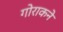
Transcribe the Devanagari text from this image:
गोराकने